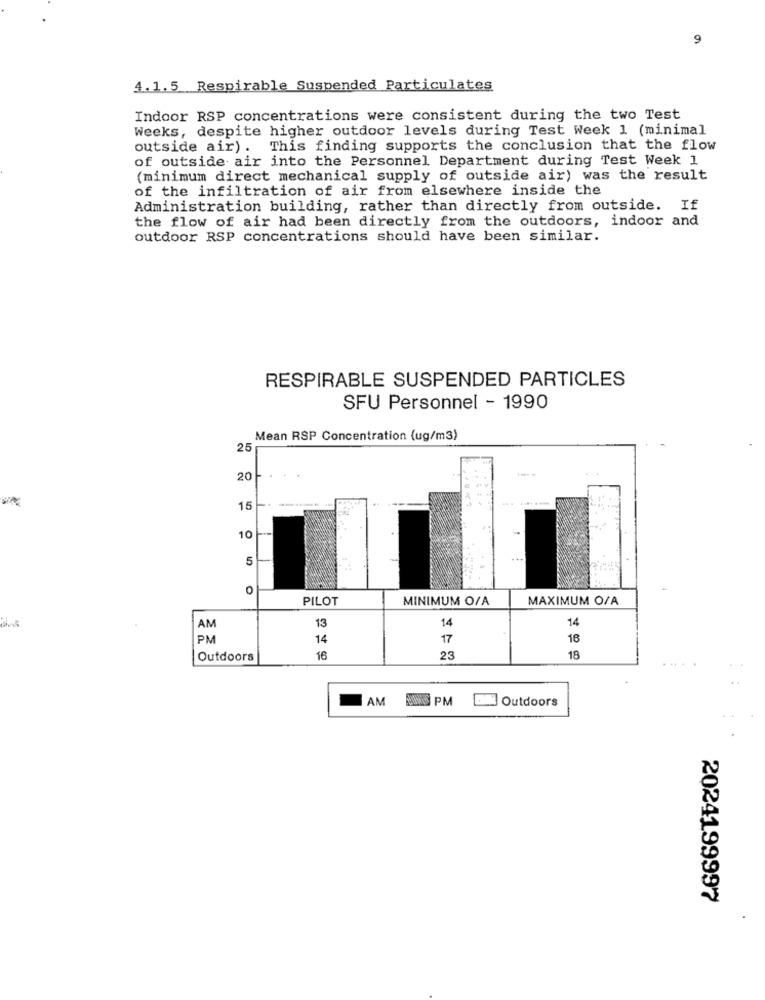
9
4.1.5 Respirable Suspended Particulates
Indoor RSP concentrations were consistent during the two Test
Weeks, despite higher outdoor levels during Test Week 1 (minimal
outside air) . This finding supports the conclusion that the flow
of outside air into the Personnel Department during Test Week 1
(minimum direct mechanical supply of outside air) was the result
of the infiltration of air from elsewhere inside the
Administration building, rather than directly from outside. If
the flow of air had been directly from the outdoors, indoor and
outdoor RSP concentrations should have been similar.
RESPIRABLE SUSPENDED PARTICLES
SFU Personnel - 1990
Mean RSP Concentration (ug/m3)
25
20
15
10
5
0
PILOT
MINIMUM O/A
MAXIMUM O/A
14
AM
13
14
PM
14
17
16
Outdoors
16
23
18
AM PM EN Outdoors
2024199997